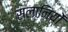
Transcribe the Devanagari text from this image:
सलानियों